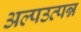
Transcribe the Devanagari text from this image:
अल्पउत्पन्न